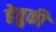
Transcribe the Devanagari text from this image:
हेतुकी